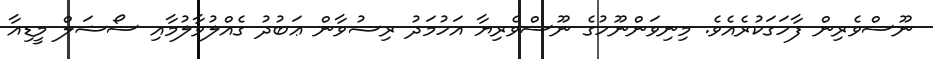
ނޫސްވެރިން ފާހަގަކުރެއެވެ. މިނިވަންނޫހުގެ ނޫސްވެރިޔާ އަހުމަދު ރިޟުވާން ޢަބުދު ގެއްލުވާލުމާއި ސޯޝަލް މީޑިއާ